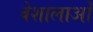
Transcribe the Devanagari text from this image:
वेशालाओं